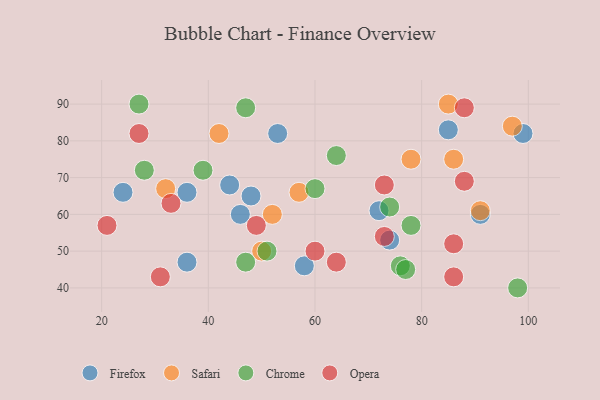
{"axis": {"x": "GDP", "y": "Life Expectancy"}, "legend": ["Chrome", "Firefox", "Opera", "Safari"], "data": [{"x": "46", "y": 60, "type": "Firefox"}, {"x": "99", "y": 82, "type": "Firefox"}, {"x": "74", "y": 53, "type": "Firefox"}, {"x": "48", "y": 65, "type": "Firefox"}, {"x": "85", "y": 83, "type": "Firefox"}, {"x": "53", "y": 82, "type": "Firefox"}, {"x": "58", "y": 46, "type": "Firefox"}, {"x": "72", "y": 61, "type": "Firefox"}, {"x": "24", "y": 66, "type": "Firefox"}, {"x": "91", "y": 60, "type": "Firefox"}, {"x": "44", "y": 68, "type": "Firefox"}, {"x": "36", "y": 66, "type": "Firefox"}, {"x": "36", "y": 47, "type": "Firefox"}, {"x": "57", "y": 66, "type": "Safari"}, {"x": "91", "y": 61, "type": "Safari"}, {"x": "32", "y": 67, "type": "Safari"}, {"x": "50", "y": 50, "type": "Safari"}, {"x": "42", "y": 82, "type": "Safari"}, {"x": "78", "y": 75, "type": "Safari"}, {"x": "97", "y": 84, "type": "Safari"}, {"x": "52", "y": 60, "type": "Safari"}, {"x": "86", "y": 75, "type": "Safari"}, {"x": "85", "y": 90, "type": "Safari"}, {"x": "39", "y": 72, "type": "Chrome"}, {"x": "64", "y": 76, "type": "Chrome"}, {"x": "74", "y": 62, "type": "Chrome"}, {"x": "76", "y": 46, "type": "Chrome"}, {"x": "27", "y": 90, "type": "Chrome"}, {"x": "47", "y": 89, "type": "Chrome"}, {"x": "60", "y": 67, "type": "Chrome"}, {"x": "77", "y": 45, "type": "Chrome"}, {"x": "51", "y": 50, "type": "Chrome"}, {"x": "98", "y": 40, "type": "Chrome"}, {"x": "78", "y": 57, "type": "Chrome"}, {"x": "47", "y": 47, "type": "Chrome"}, {"x": "28", "y": 72, "type": "Chrome"}, {"x": "21", "y": 57, "type": "Opera"}, {"x": "73", "y": 54, "type": "Opera"}, {"x": "88", "y": 69, "type": "Opera"}, {"x": "73", "y": 68, "type": "Opera"}, {"x": "33", "y": 63, "type": "Opera"}, {"x": "31", "y": 43, "type": "Opera"}, {"x": "27", "y": 82, "type": "Opera"}, {"x": "49", "y": 57, "type": "Opera"}, {"x": "64", "y": 47, "type": "Opera"}, {"x": "86", "y": 43, "type": "Opera"}, {"x": "60", "y": 50, "type": "Opera"}, {"x": "88", "y": 89, "type": "Opera"}, {"x": "86", "y": 52, "type": "Opera"}]}